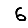
Digit: 6